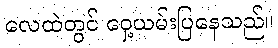
လေထဲတွင် ဝှေ့ယမ်းပြနေသည်။